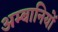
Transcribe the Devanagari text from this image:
अम्बानियों